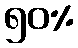
၅၀%